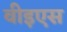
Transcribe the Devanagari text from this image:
वीइएस